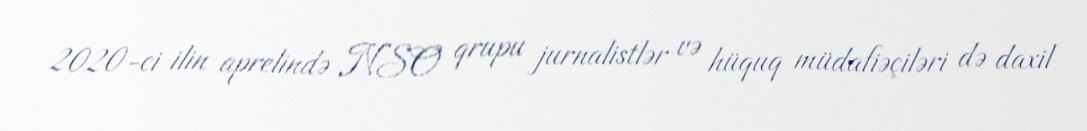
2020-ci ilin aprelində NSO qrupu jurnalistlər və hüquq müdafiəçiləri də daxil